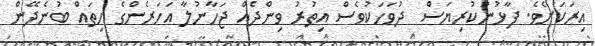
އިރަކަށެވެ. ފާޅުނުކުރިޔަސް  ދުވަހަކުވެސް އިތުރު ވިންދެއް ޖަހާނުލާ އަހަރެންގެ ހިތައް ބުނެދޭން